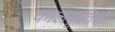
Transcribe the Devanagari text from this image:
कालकृतियों